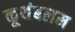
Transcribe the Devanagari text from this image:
कूथंबलम